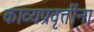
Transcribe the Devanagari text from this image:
काव्यप्रवृत्तींना